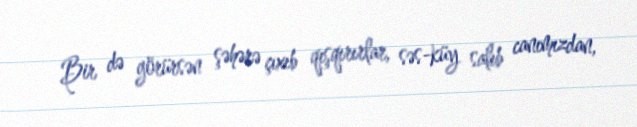
Bir də görürsən şəhərə çıxıb qışqırırlar, səs-küy salıb canımızdan,